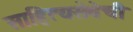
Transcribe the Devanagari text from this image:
साहित्यसेवेची